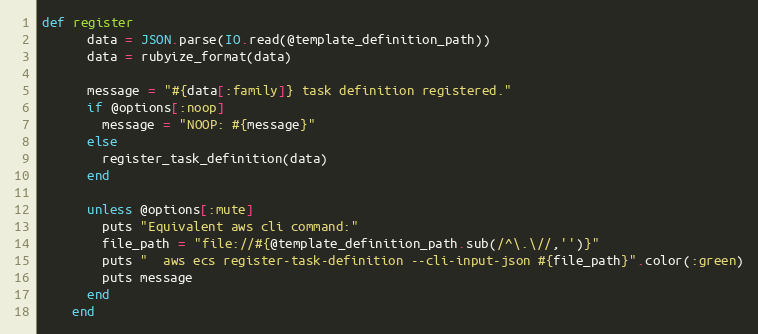
Language: Ruby
def register
      data = JSON.parse(IO.read(@template_definition_path))
      data = rubyize_format(data)

      message = "#{data[:family]} task definition registered."
      if @options[:noop]
        message = "NOOP: #{message}"
      else
        register_task_definition(data)
      end

      unless @options[:mute]
        puts "Equivalent aws cli command:"
        file_path = "file://#{@template_definition_path.sub(/^\.\//,'')}"
        puts "  aws ecs register-task-definition --cli-input-json #{file_path}".color(:green)
        puts message
      end
    end